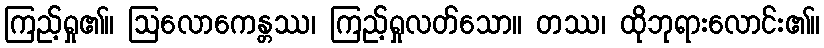
ကြည့်ရှု၏။ ဩလောကေန္တဿ၊ ကြည့်ရှုလတ်သော။ တဿ၊ ထိုဘုရားလောင်း၏။